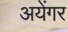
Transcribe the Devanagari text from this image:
अयेंगर